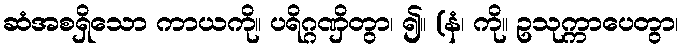
ဆံအစရှိသော ကာယကို။ ပရိဂ္ဂဏှိတွာ၊ ၍။ (နံ၊ ကို။ ဥသုက္ကာပေတွာ၊